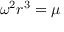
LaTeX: \omega ^ { 2 } r ^ { 3 } = \mu